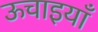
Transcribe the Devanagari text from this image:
ऊचाइयाँ